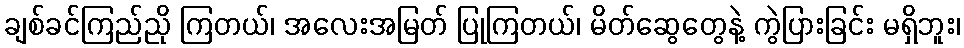
ချစ်ခင်ကြည်ညို ကြတယ်၊ အလေးအမြတ် ပြုကြတယ်၊ မိတ်ဆွေတွေနဲ့ ကွဲပြားခြင်း မရှိဘူး၊